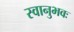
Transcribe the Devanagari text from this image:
स्वानुभवः